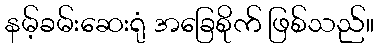
နမ့်ခမ်းဆေးရုံ အခြေစိုက် ဖြစ်သည်။